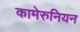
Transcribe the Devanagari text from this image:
कामेरुनियन